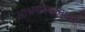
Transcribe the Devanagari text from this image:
आश्रयस्थानावर